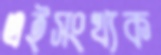
এইসংখ্যক